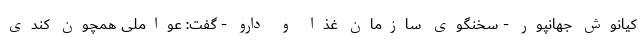
کیانوش جهانپور - سخنگوی سازمان غذا و دارو - گفت: عواملی همچون کندی